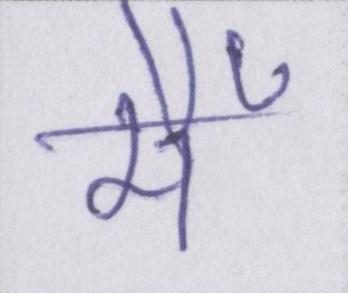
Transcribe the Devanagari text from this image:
मैँ